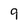
Character: 9